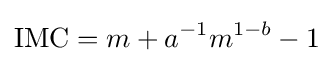
\mathrm {IMC} =m+a^{-1}m^{1-b}-1